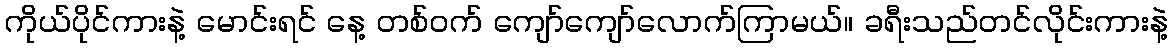
ကိုယ်ပိုင်ကားနဲ့ မောင်းရင် နေ့ တစ်ဝက် ကျော်ကျော်လောက်ကြာမယ်။ ခရီးသည်တင်လိုင်းကားနဲ့